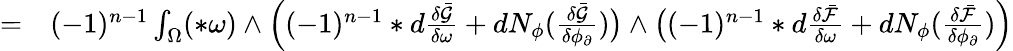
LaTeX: \begin{array}{rl}{=}&{{}(-1)^{n-1}\int_{\Omega}(\ast\omega)\wedge\Big((-1)^{n-1}\ast d\frac{\delta\bar{\mathcal{G}}}{\delta\omega}+dN_{\phi}(\frac{\delta\bar{\mathcal{G}}}{\delta\phi_{\partial}})\big)\wedge\big((-1)^{n-1}\ast d\frac{\delta\bar{\mathcal{F}}}{\delta\omega}+dN_{\phi}(\frac{\delta\bar{\mathcal{F}}}{\delta\phi_{\partial}})\Big)}\end{array}